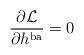
LaTeX: \begin{align*}\frac{\partial {\cal L}}{\partial h^{{\rm ba}}}=0\end{align*}